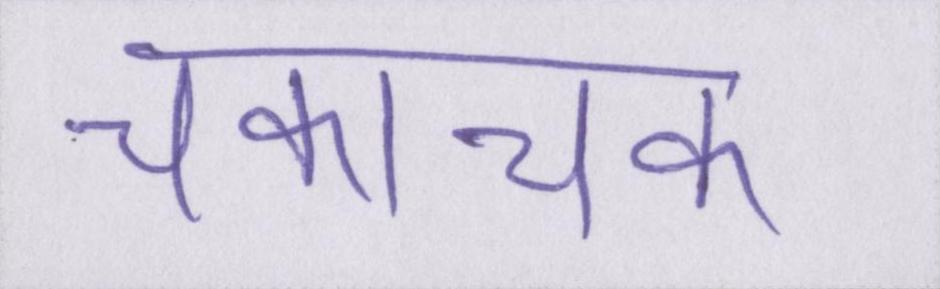
चकाचक